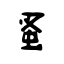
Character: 蚤